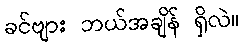
ခင်ဗျား ဘယ်အချိန် ရှိလဲ။